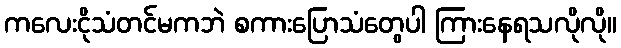
ကလေးငိုသံတင်မကဘဲ စကားပြောသံတွေပါ ကြားနေရသလိုလို။